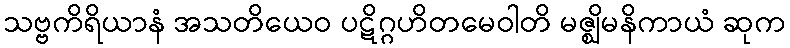
သဗ္ဗကိရိယာနံ အသတိယေဝ ပဋိဂ္ဂဟိတမေဝါတိ မဇ္ဈိမနိကာယံ ဆုက